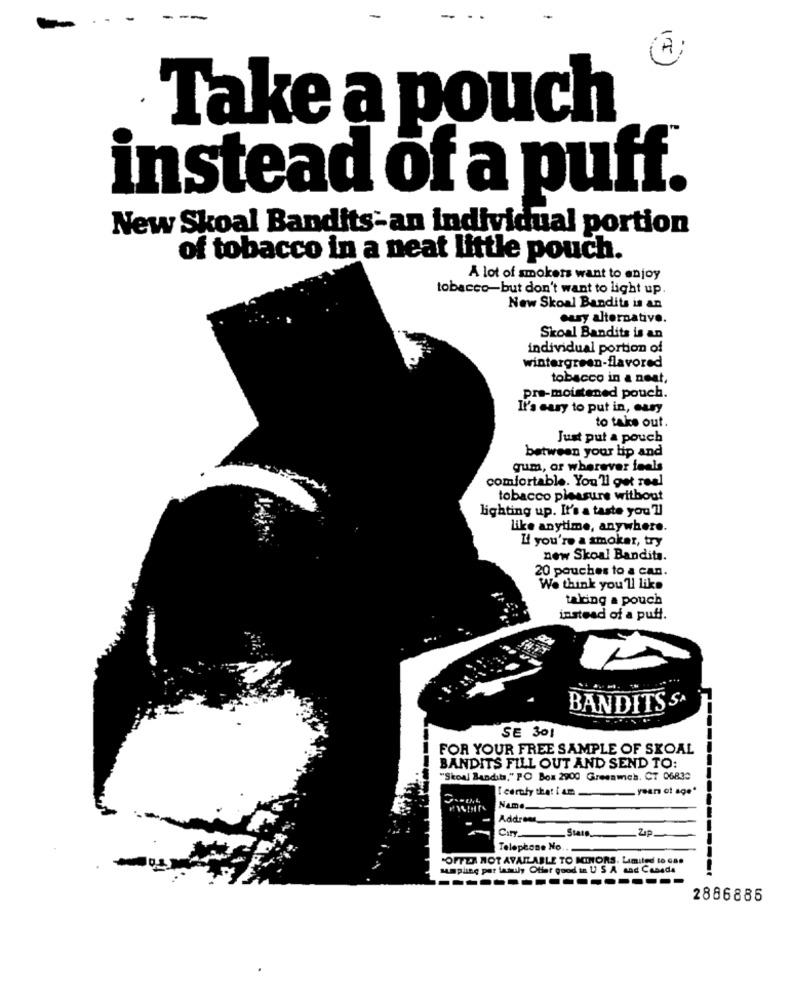
Take a pouch
instead of a puff.
New Skoal Bandits-an individual portion
of tobacco in a neat little pouch.
A lot of smokers want to enjoy
tobacco-but don't want to light up
New Skoal Bandits is an
casy alternative.
Skoal Bandits is an
individual portion of
wintergreen-flavored
tobacco in a neat,
pre-moistened pouch.
It's easy to put in, cary
to take out.
Just put a pouch
between your lip and
gum, or wherever feels
comfortable. You'll get real
tobacco pleasure without
lighting up. It's a taste you'll
like anytime, anywhere.
L' you're a smoker, try
new Skoal Bandits.
20 pouches to a can.
We think you'll like
taking a pouch
instead of a puff.
BANDITS SA
SE 301
FOR YOUR FREE SAMPLE OF SKOAL
BANDITS FILL OUT AND SEND TO:
"Skoal Bandit," PO Box 2900 Greenunch. CT 06830
-------
Icerty that i am
-years of age"
Address_
City
Up
Stan
Telephone No ...
"OFFER NOT AVAILABLE TO MINORS. Limited to Gas
sampling per lamuly Offer good in U S A sad Casada
---------------
2886885